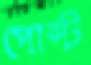
পোস্ট